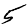
Digit: 5